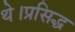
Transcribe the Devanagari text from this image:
थे।प्रसिद्ध